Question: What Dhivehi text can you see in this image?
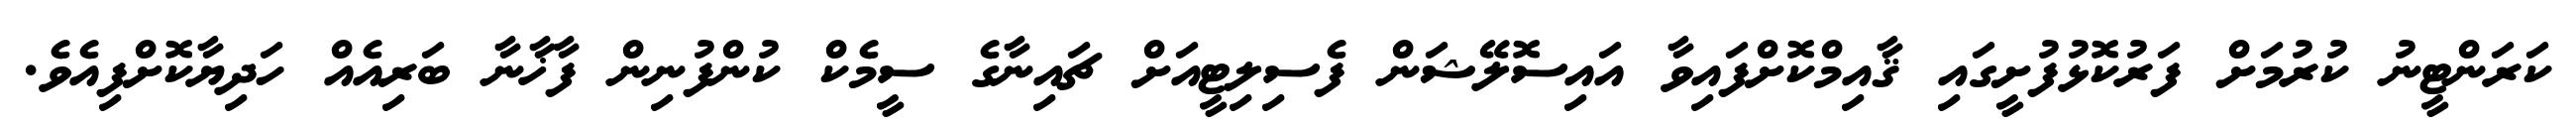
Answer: ކަރަންޓީނު ކުރުމަށް ފަރުކޮޅުފުށީގައި ޤާއިމްކޮށްފައިވާ އައިސޮލޭޝަން ފެސިލިޓީއަށް ޗައިނާގެ ސީމެކް ކުންފުނިން ފާޚާނާ ބަރިއެއް ހަދިޔާކޮށްފިއެވެ.